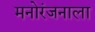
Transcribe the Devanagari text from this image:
मनोरंजनाला